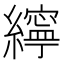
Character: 𦆭